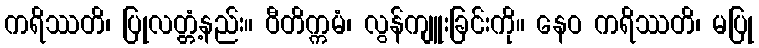
ကရိဿတိ၊ ပြုလတ္တံ့နည်း။ ဝီတိက္ကမံ၊ လွန်ကျူးခြင်းကို။ နေဝ ကရိဿတိ၊ မပြု